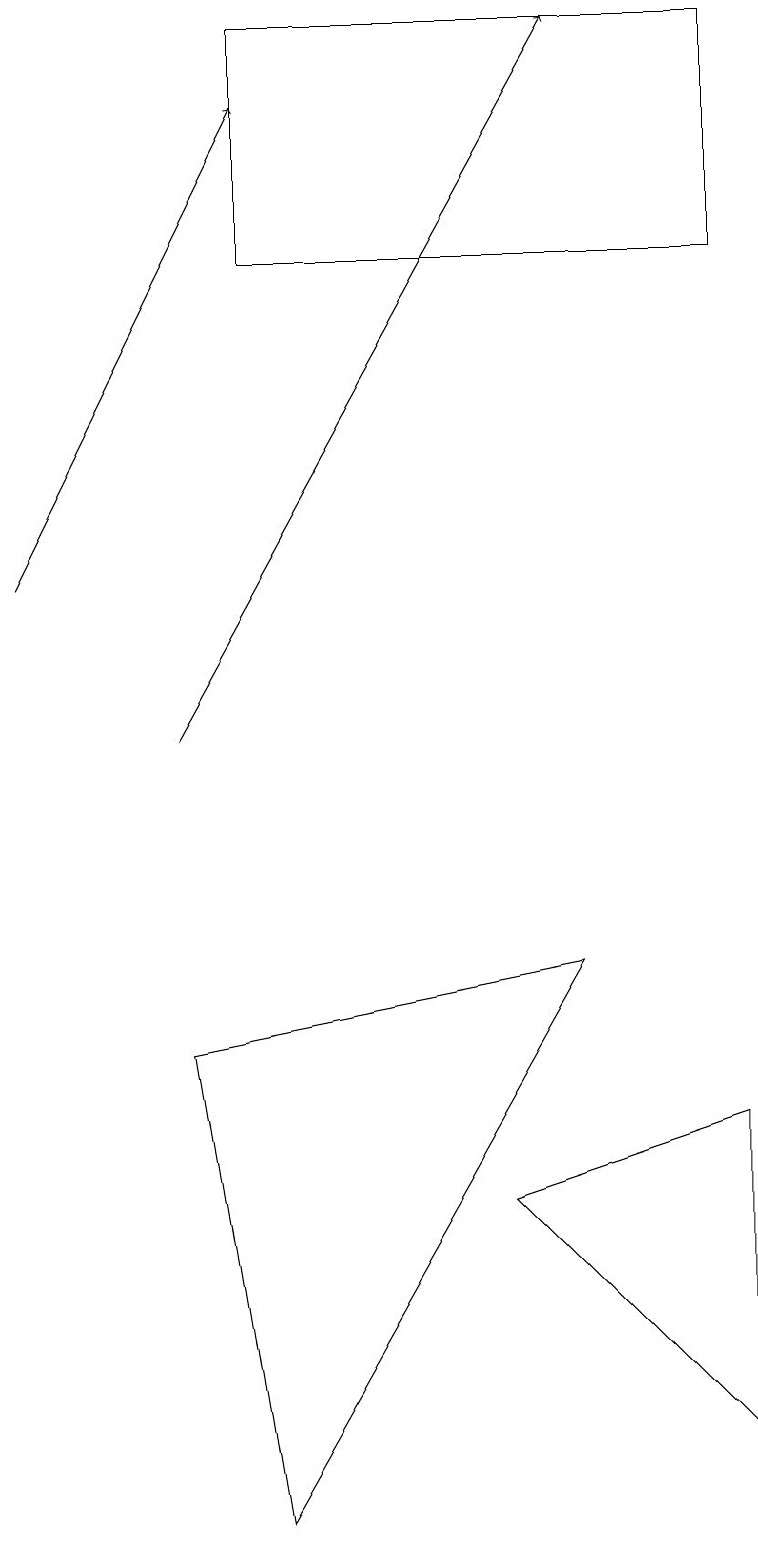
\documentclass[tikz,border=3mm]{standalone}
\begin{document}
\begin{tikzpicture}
\draw (3,0) -- (2,6) -- (7,7) -- cycle;
\draw[->] (0,12) -- (3,18);
\draw (9,16) rectangle (3,19);
\draw (9,5) -- (6,4) -- (9,1) -- cycle;
\draw[->] (2,10) -- (7,19);
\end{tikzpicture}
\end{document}